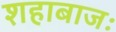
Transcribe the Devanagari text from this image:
शहाबाजः